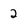
Character: 2